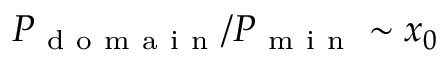
P _ { \mathrm { ~ d ~ o ~ m ~ a ~ i ~ n ~ } } / P _ { \mathrm { ~ m ~ i ~ n ~ } } \sim x _ { 0 }